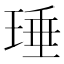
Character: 㻔